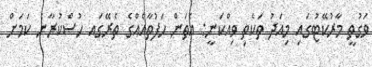
ވަގުތީ މާރުކޭޓުގައި މިއަދު ތަކެތި ވިއްކަނީ: އެތަން ހަފުތާއެއްގެ ތެރޭގައ ހުސްކުރާނެ ކަމަށް